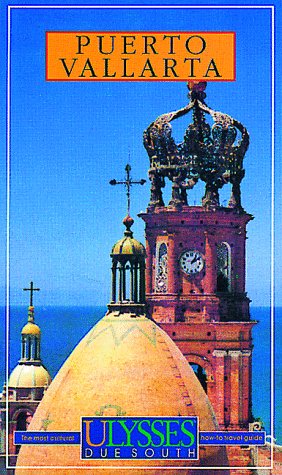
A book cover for Puerto Vallarta Mexico (Due South Guides); Richard Bizier; Travel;